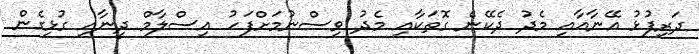
ދަރިފުޅު އޭނާއާއި މެދު ދެކޭނެ ގޮތަކާއި މެދު ވިސްނުމަށްފަހު އިސްލާމް ދީނާއި ގުޅިގެން